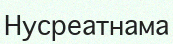
Нусреатнама